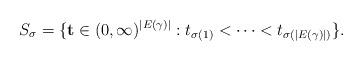
LaTeX: \begin{align*} S_\sigma = \{\mathbf{t} \in (0, \infty)^{|E(\gamma)|} : t_{\sigma(1)} < \dots < t_{\sigma(|E(\gamma)|)}\}.\end{align*}